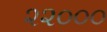
૨૨૦૦૦